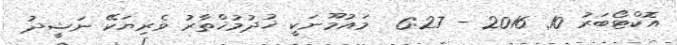
އޮކްޓޯބަރު 10